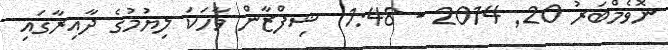
ނޮވެމްބަރު 20